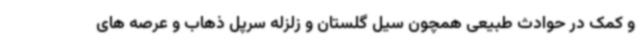
و کمک در حوادث طبیعی همچون سیل گلستان و زلزله سرپل ذهاب و عرصه های